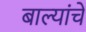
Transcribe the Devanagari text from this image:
बाल्यांचे